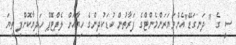
ސީ ގެ " ދަނގަޑޭ"އެންވަޔަރަންމެންޓްގެ ފަރާތުން ކުޑަކުދިންގެ ހިޔާއަށް ލެޕްޓޮޕް ހަދިޔާކޮށްފި ތިޔަ